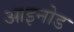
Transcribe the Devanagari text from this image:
आइनोड